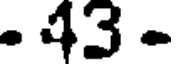
. 43 -